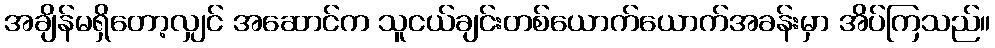
အချိန်မရှိတော့လျှင် အဆောင်က သူငယ်ချင်းတစ်ယောက်ယောက်အခန်းမှာ အိပ်ကြသည်။